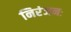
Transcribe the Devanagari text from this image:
निरंजनः